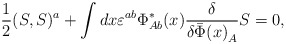
\begin{align*}\frac{1}{2}(S,S)^a+\int dx\varepsilon^{ab}\Phi_{Ab}^*(x) \frac{\delta}{\delta{\bar\Phi(x)}_{A}}S=0,\end{align*}